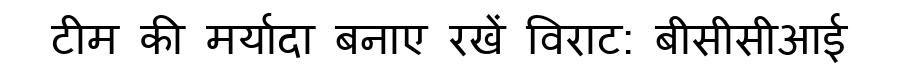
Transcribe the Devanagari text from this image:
टीम की मर्यादा बनाए रखें विराट: बीसीसीआई